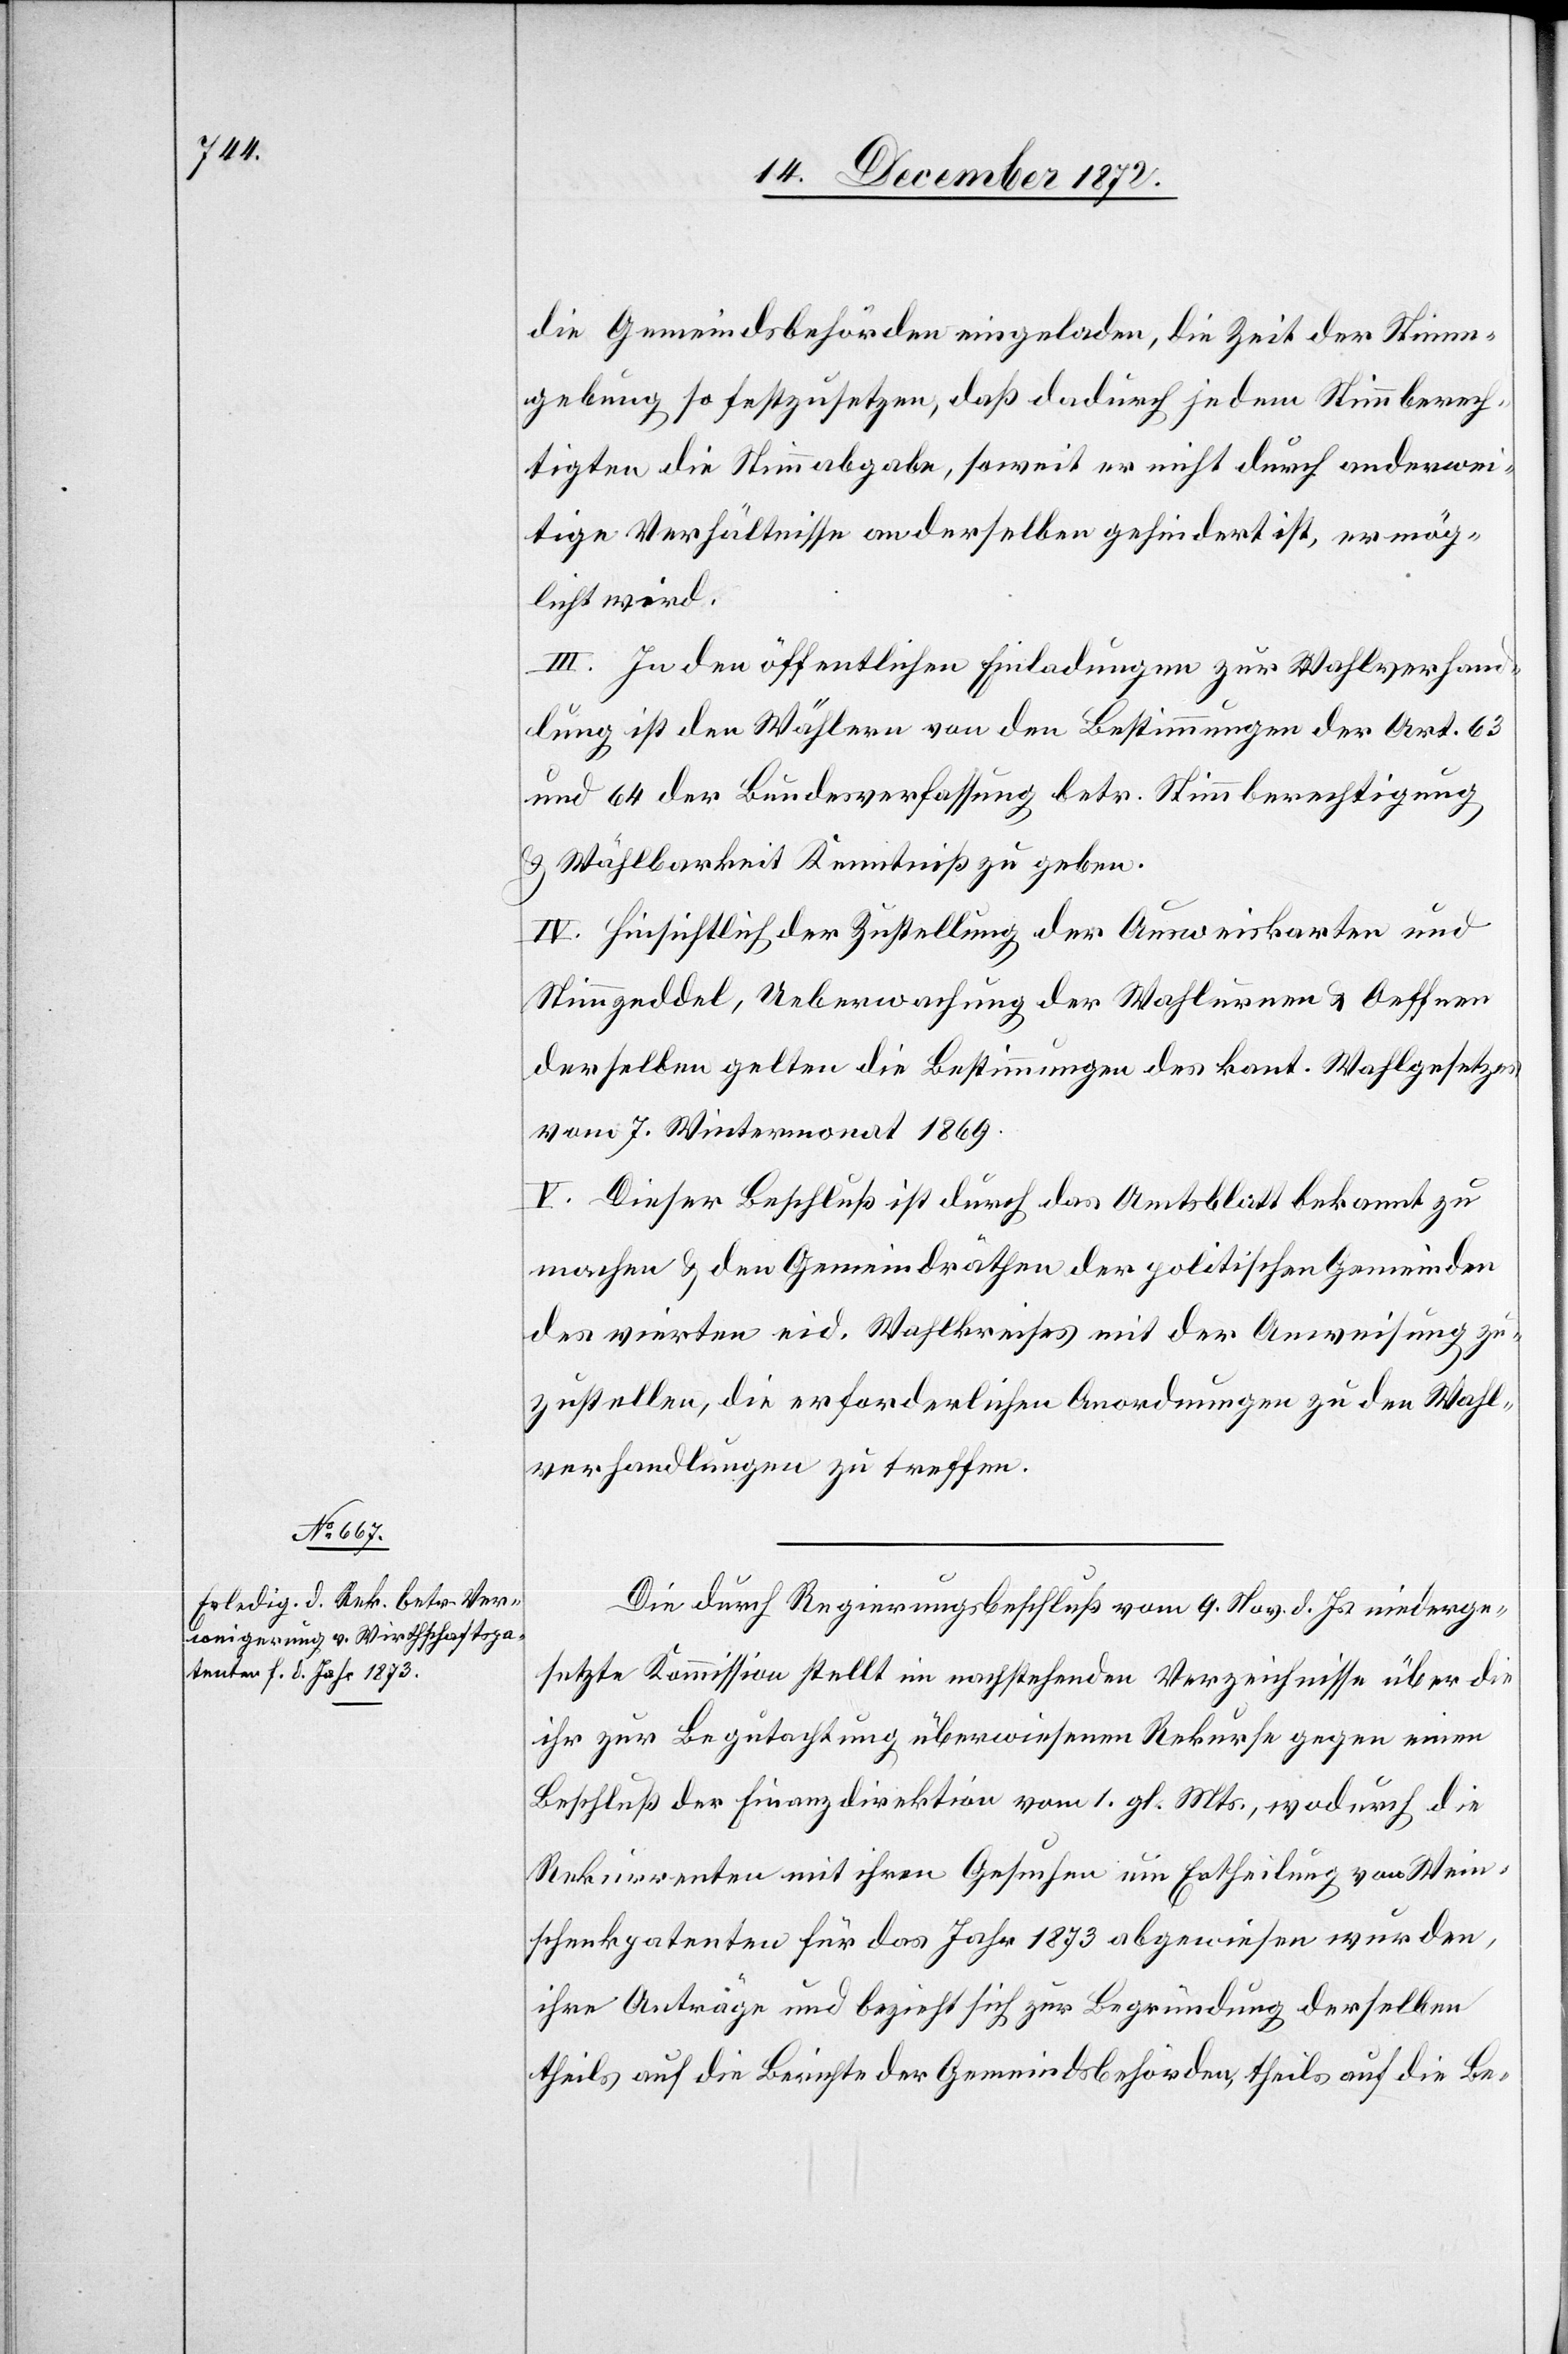
die Gemeindsbehörden eingeladen, die Zeit der Stimm¬
gebung so festzusetzen, daß dadurch jedem Stimmberech¬
tigten die Stimmabgabe, soweit er nicht durch anderwei¬
tige Verhältnisse an derselben gehindert ist, ermög¬
licht wird.
III. In den öffentlichen Einladungen zur Wahlverhand¬
lung ist den Wählern von den Bestimmungen der Art. 63
und 64 der Bundesverfassung betr. Stimmberechtigung
u. Wählbarkeit Kenntniß zu geben.
Stimmzeddel, Ueberwachung der Wahlurnen u. Oeffnen
derselben gelten die Bestimmungen des kant. Wahlgesetzes
vom 7. Wintermonat 1869.
V. Dieser Beschluß ist durch das Amtsblatt bekannt zu
machen u. den Gemeindräthen der politischen Gemeinden
des vierten eid. Wahlkreises mit der Anweisung zu¬
zustellen, die erforderlichen Anordnungen zu den Wahl¬
verhandlungen zu treffen.
Die durch Regierungsbeschluß vom 9. Nov. d. Js. niederge¬
setzte Kommission stellt im nachstehenden Verzeichnisse über die
ihr zur Begutachtung überwiesenen Rekurse gegen einen
Beschluß der Finanzdirektion vom 1. gl. Mts., wodurch die
Rekurrenten mit ihren Gesuchen um Ertheilung von Wein¬
schenkpatenten für das Jahr 1873 abgewiesen wurden,
ihre Anträge und bezieht sich zur Begründung derselben
theils auf die Berichte der Gemeindsbehörden, theils auf die Be-